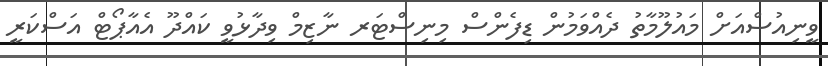
ވީނިއުސްއަށް މައުލޫމާތު ދެއްވަމުން ޑިފެންސް މިނިސްޓަރ ނާޒިމް ވިދާޅުވީ ކައްދޫ އެއާޕޯޓް އަސްކަރީ